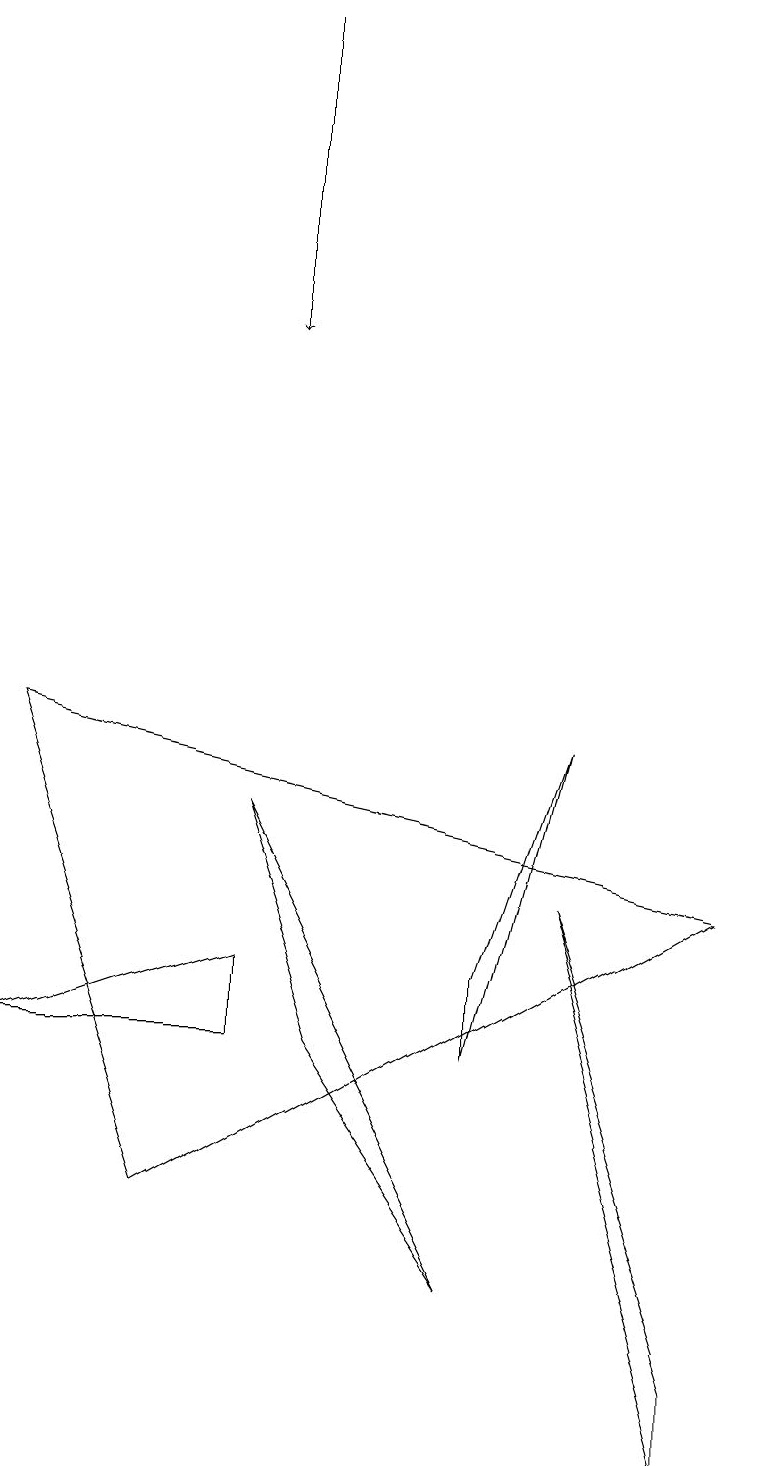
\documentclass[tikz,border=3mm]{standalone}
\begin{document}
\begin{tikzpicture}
\draw (2,3) -- (9,7) -- (0,9) -- cycle;
\draw[->] (3,18) -- (3,14);
\draw (9,1) -- (9,0) -- (7,7) -- cycle;
\draw (7,9) -- (6,6) -- (6,5) -- cycle;
\draw (3,6) -- (3,5) -- (0,5) -- cycle;
\draw (6,2) -- (3,8) -- (4,5) -- cycle;
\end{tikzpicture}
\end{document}